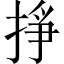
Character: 掙